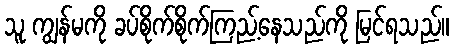
သူ ကျွန်မကို ခပ်စိုက်စိုက်ကြည့်နေသည်ကို မြင်ရသည်။